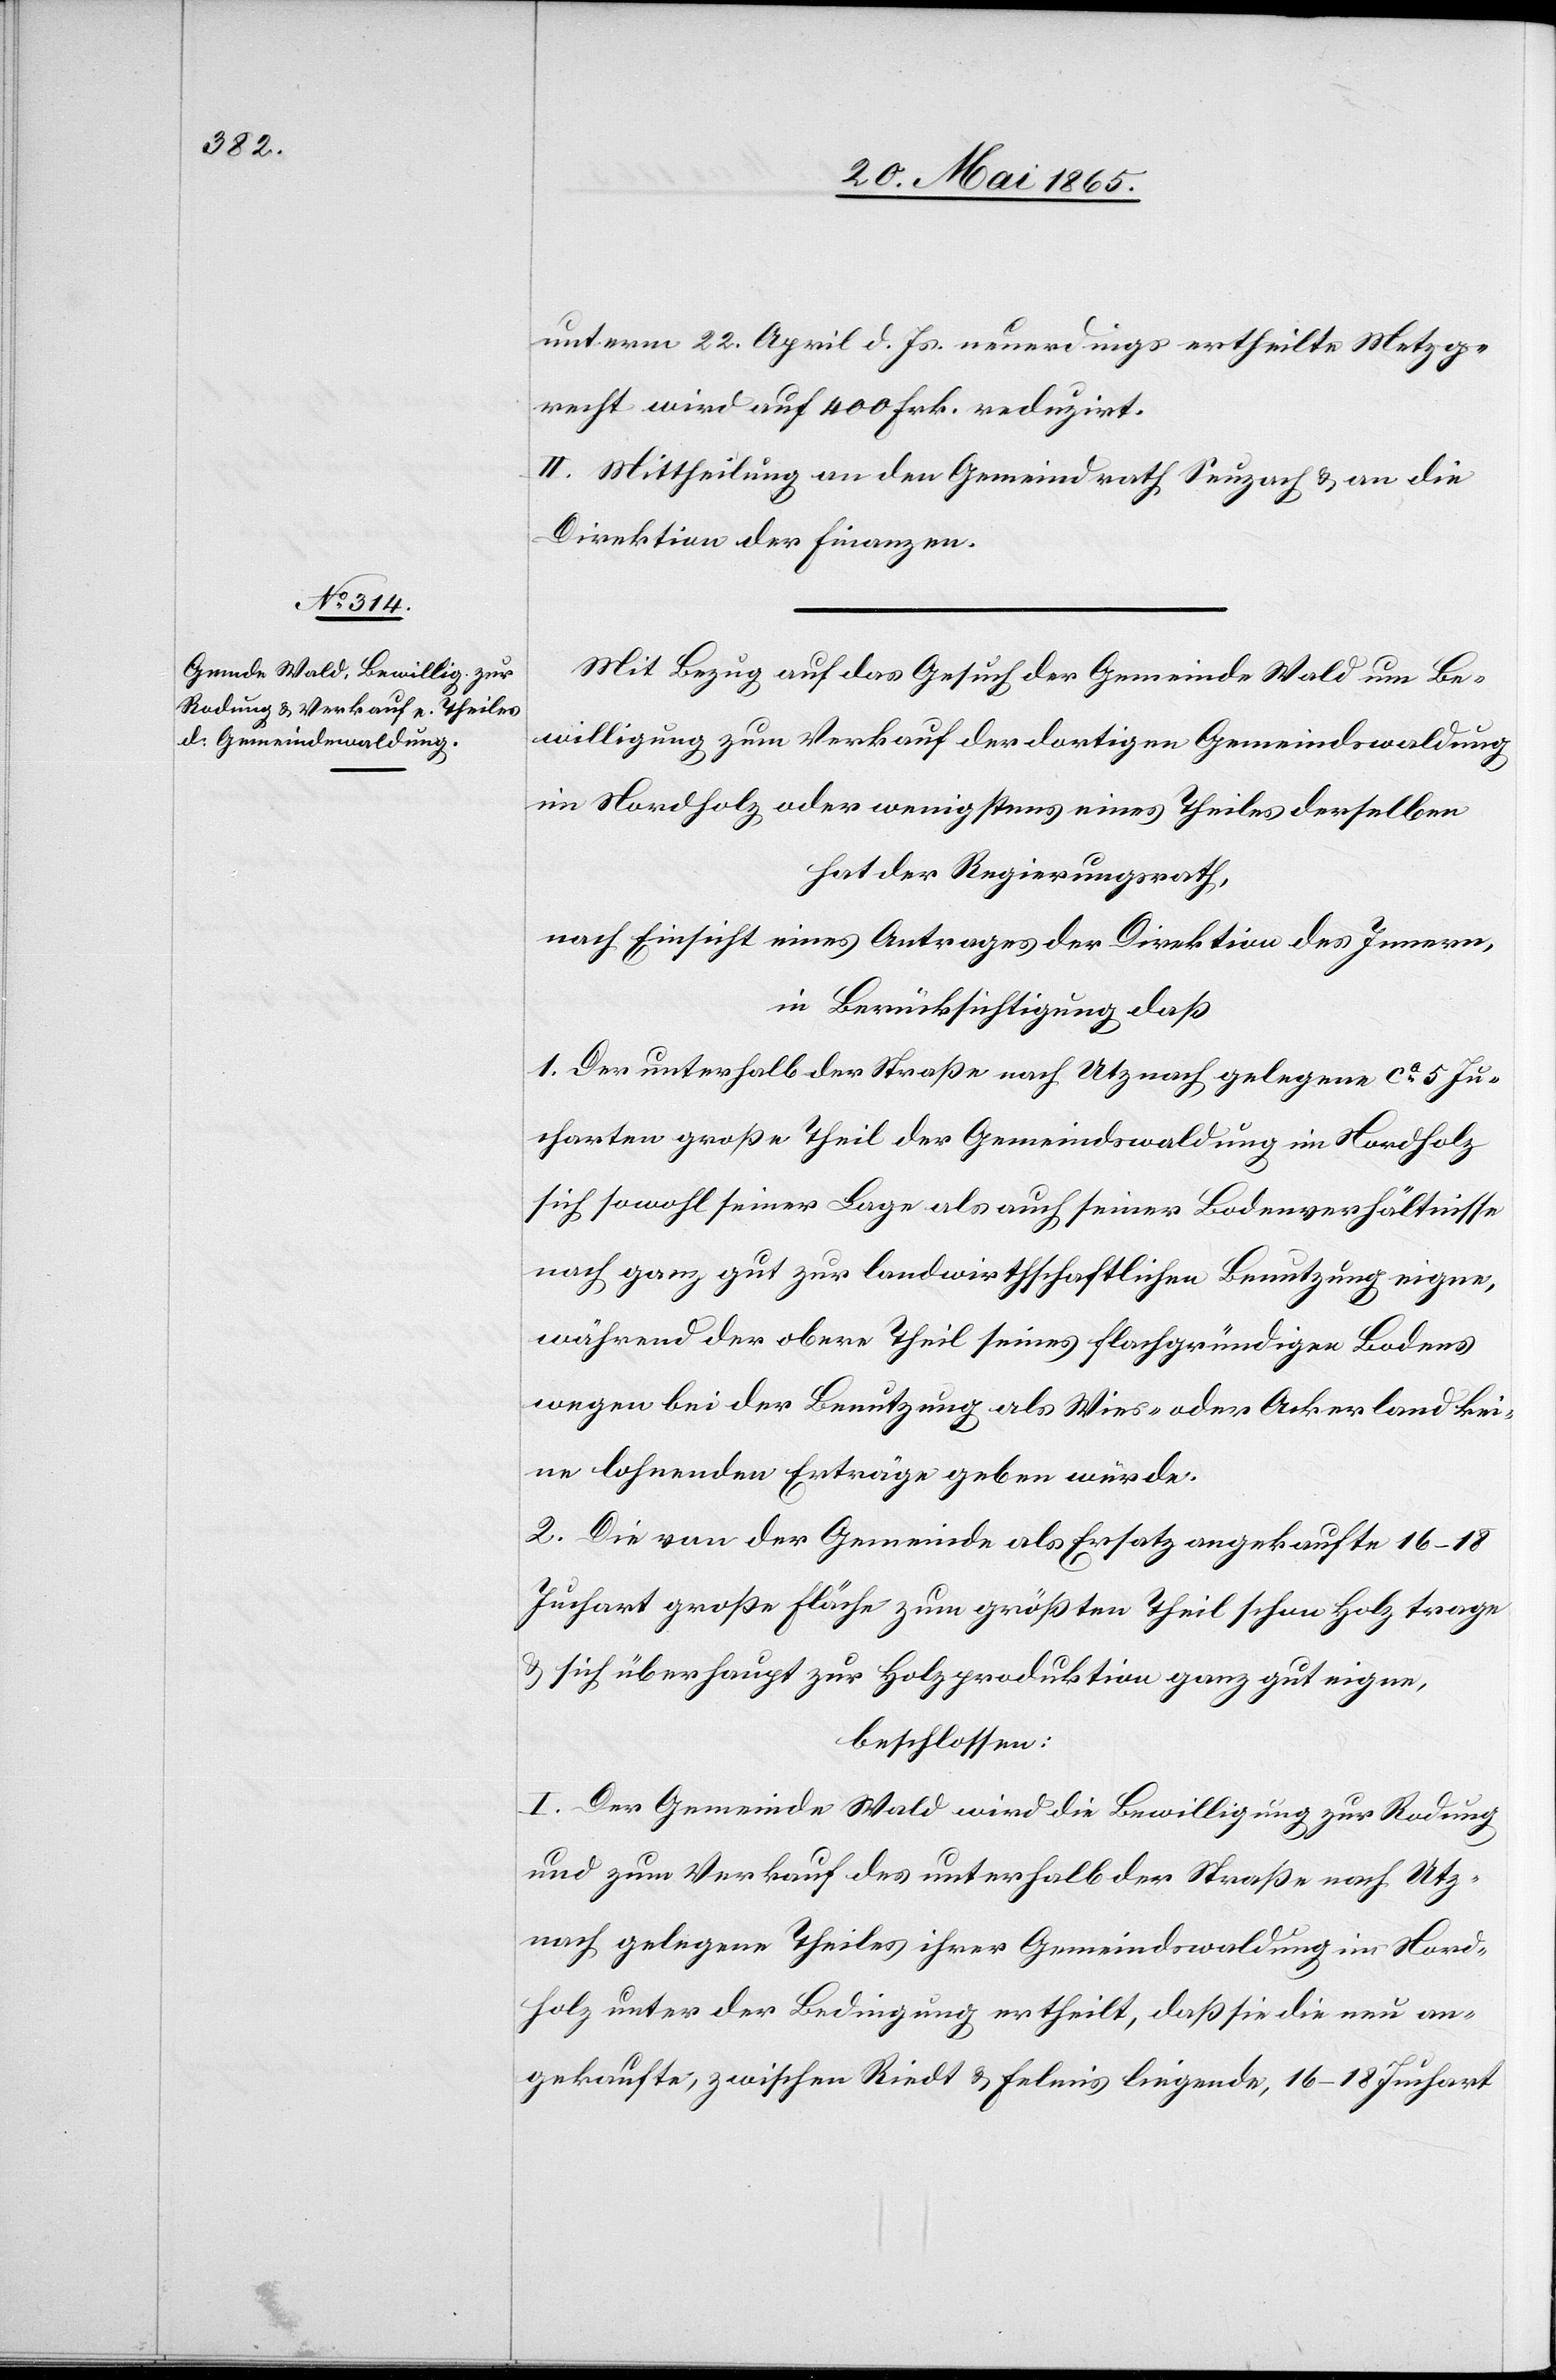
unterm 22. April d. Js. neuerdings ertheilte Metzg¬
recht wird auf 400 Frk. reduzirt.
II. Mittheilung an den Gemeindrath Seuzach & an die
Direktion der Finanzen.
Mit Bezug auf das Gesuch der Gemeinde Wald um Be¬
willigung zum Verkauf der dortigen Gemeindswaldung
im Nordholz oder wenigstens eines Theiles derselben
hat der Regierungsrath,
nach Einsicht eines Antrages der Direktion des Innern,
in Berücksichtigung daß
1. Der unterhalb der Straße nach Uznach gelegene ca 5 Ju¬
charten große Theil der Gemeindswaldung im Nordholz
sich sowohl seiner Lage als auch seiner Bodenverhältnisse
nach ganz gut zur landwirthschaftlichen Benutzung eigne,
während der obere Theil seines flachgründigen Bodens
wegen bei der Benutzung als Wies- oder Ackerland kei¬
ne lohnenden Erträge geben würde.
2. Die von der Gemeinde als Ersatz angekaufte 16–18
Juchart große Fläche zum größten Theil schon Holz trage
& sich überhaupt zur Holzproduktion ganz gut eigne,
beschlossen:
I. Der Gemeinde Wald wird die Bewilligung zur Rodung
und zum Verkauf des unterhalb der Straße nach Utz¬
nach gelegene[n] Theiles ihrer Gemeindswaldung im Nord¬
holz unter der Bedingung ertheilt, daß sie die neu an¬
gekaufte, zwischen Riedt & Felmis liegende, 16–18 Juchart